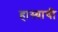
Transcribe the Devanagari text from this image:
हास्याची